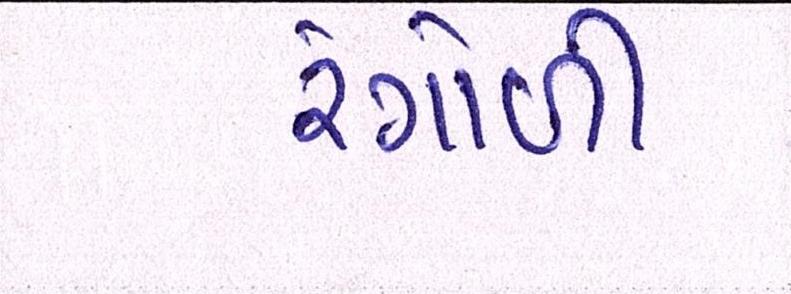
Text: રંગોળી